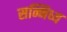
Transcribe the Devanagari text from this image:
सन्निध्य